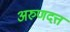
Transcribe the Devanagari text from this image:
अरुणदत्त